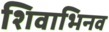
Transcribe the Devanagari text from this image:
शिवाभिनव